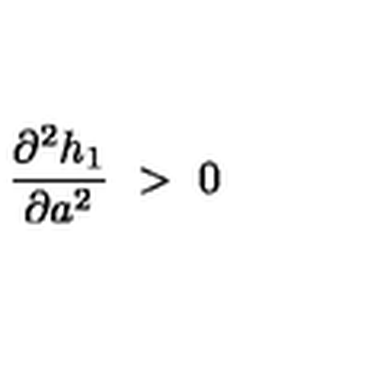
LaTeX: { \frac { \partial ^ { 2 } h _ { 1 } } { \partial a ^ { 2 } } } \ > \ 0